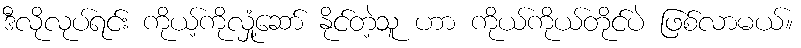
ဒီလိုလုပ်ရင်း ကိုယ့်ကိုလှုံ့ဆော် နိုင်တဲ့သူ ဟာ ကိုယ်ကိုယ်တိုင်ပဲ ဖြစ်လာမယ်။